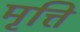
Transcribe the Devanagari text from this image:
मृत्ति